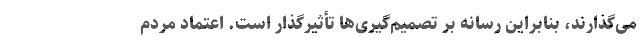
می‌گذارند، بنابراین رسانه بر تصمیم‌گیری‌ها تأثیرگذار است. اعتماد مردم